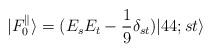
LaTeX: \begin{align*}| F_0^{\parallel} \rangle = (E_s E_t - \frac{1}{9} \delta_{st} ) | 44; st \rangle \end{align*}